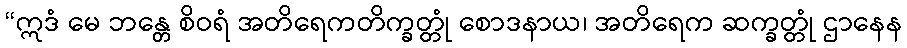
“ဣဒံ မေ ဘန္တေ စိဝရံ အတိရေကတိက္ခတ္တုံ စောဒနာယ၊ အတိရေက ဆက္ခတ္တုံ ဌာနေန